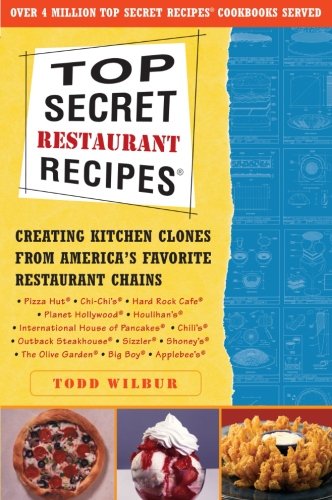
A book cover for Top Secret Restaurant Recipes: Creating Kitchen Clones from America's Favorite Restaurant Chains; Todd Wilbur; Health, Fitness & Dieting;